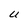
Character: U